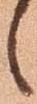
之